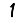
Digit: 1